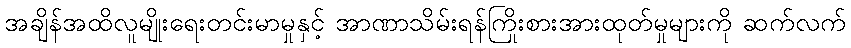
အချိန်အထိလူမျိုးရေးတင်းမာမှုနှင့် အာဏာသိမ်းရန်ကြိုးစားအားထုတ်မှုများကို ဆက်လက်